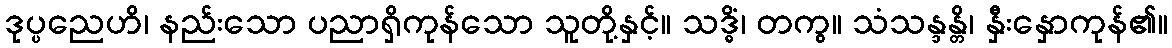
ဒုပ္ပညေဟိ၊ နည်းသော ပညာရှိကုန်သော သူတို့နှင့်။ သဒ္ဓိံ၊ တကွ။ သံသန္ဒန္တိ၊ နှီးနှောကုန်၏။